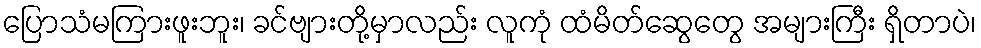
ပြောသံမကြားဖူးဘူး၊ ခင်ဗျားတို့မှာလည်း လူကုံ ထံမိတ်ဆွေတွေ အများကြီး ရှိတာပဲ၊